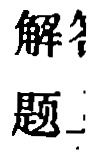
解\(_{题}\)